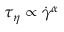
\tau _ { \eta } \propto { { \dot { \gamma } } ^ { \alpha } }